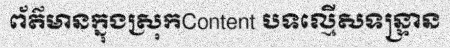
ព័ត៌មានក្នុងស្រុកContent បទល្មើសទន្ទ្រាន